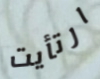
ارتأيت